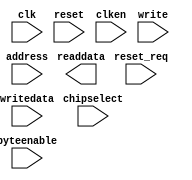
module pr_region_default_onchip_memory2_0 (
		input  wire        clk,        //   clk1.clk
		input  wire        reset,      // reset1.reset
		input  wire        reset_req,  //       .reset_req
		input  wire [6:0]  address,    //     s1.address
		input  wire        clken,      //       .clken
		input  wire        chipselect, //       .chipselect
		input  wire        write,      //       .write
		output wire [31:0] readdata,   //       .readdata
		input  wire [31:0] writedata,  //       .writedata
		input  wire [3:0]  byteenable  //       .byteenable
	);
endmodule